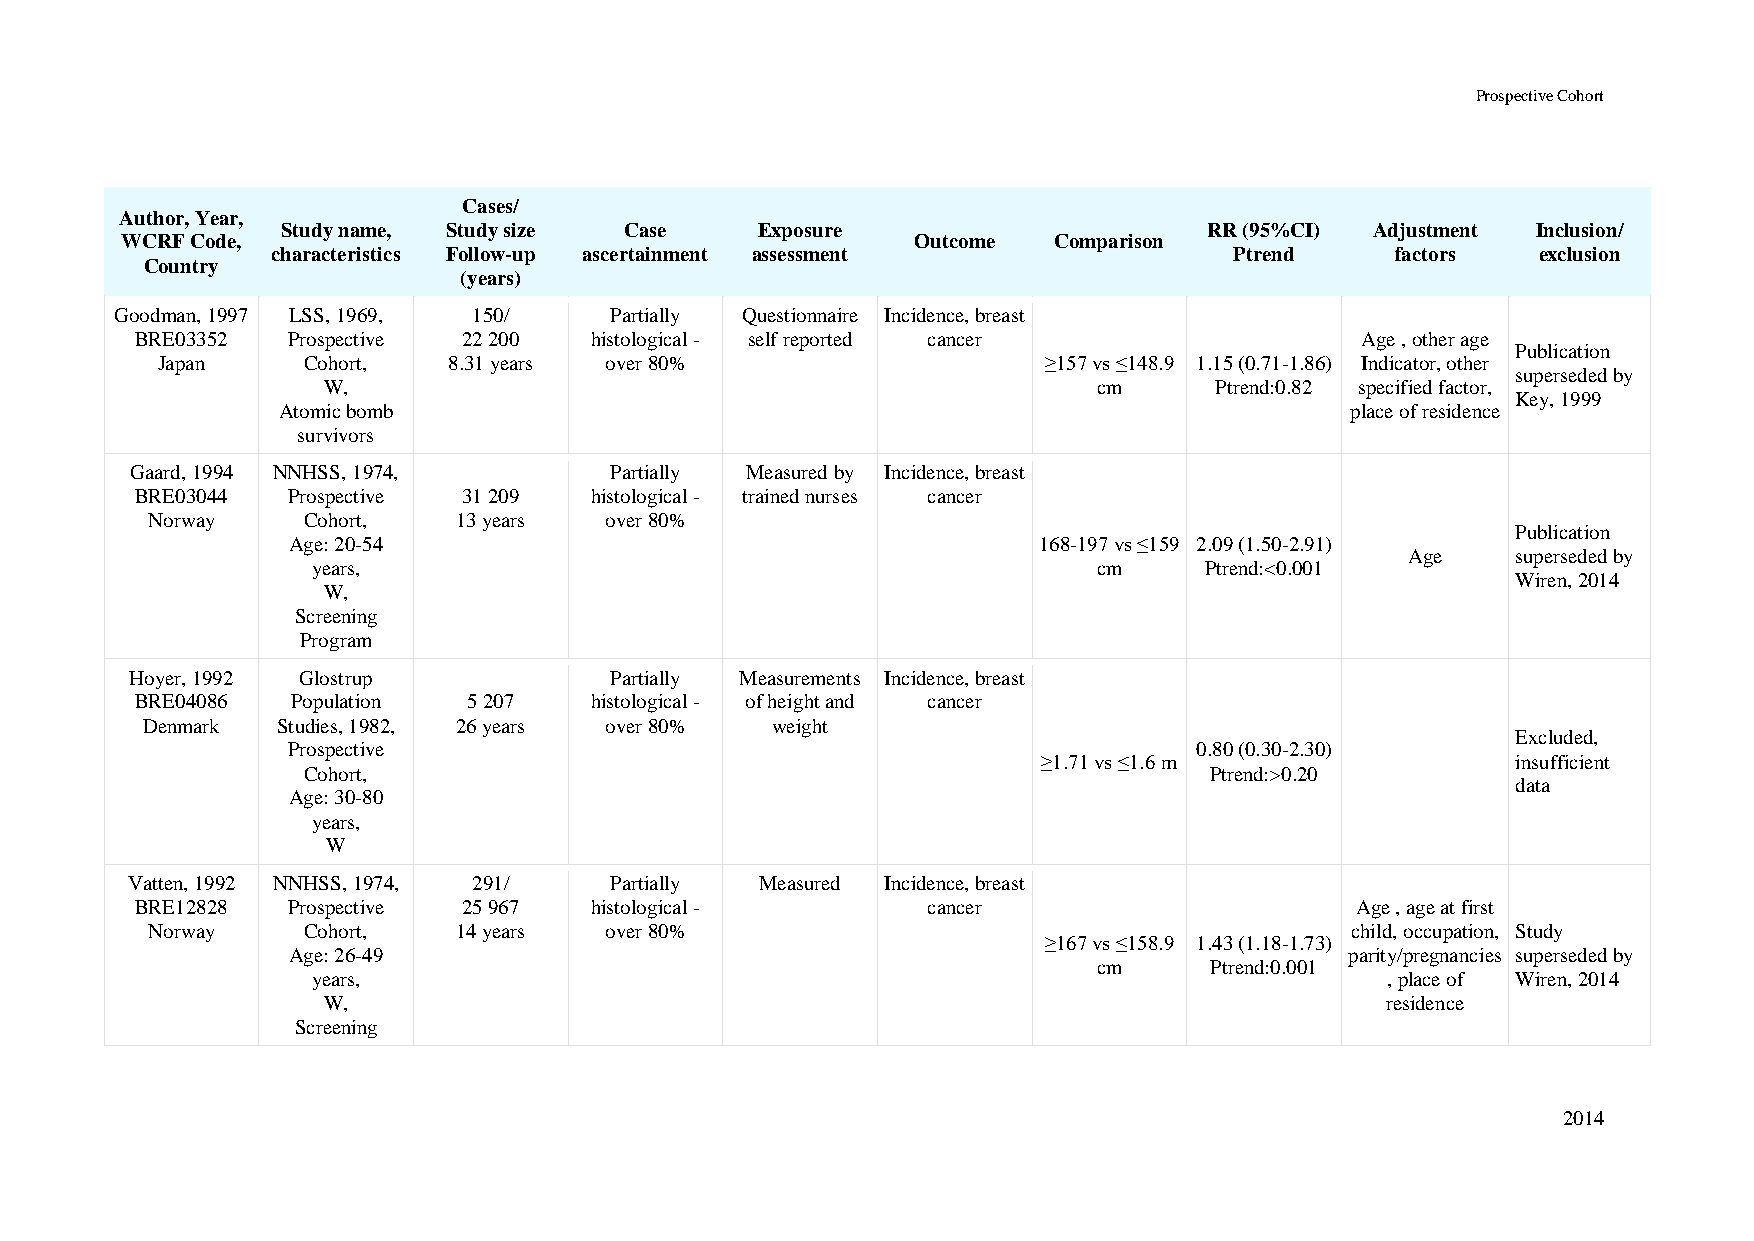
Prospective Cohort
 Cases/
 Author, Year,
 Study name, Study size Case    Exposure                      RR (95%CI) Adjustment Inclusion/
 WCRF Code,                                           Outcome  Comparison
 characteristics Follow-up ascertainment assessment              Ptrend    factors   exclusion
 Country
 (years)
 Goodman, 1997 LSS, 1969, 150/   Partially Questionnaire Incidence, breast
 BRE03352  Prospective 22 200  histological - self reported cancer                Age , other age
 Publication
 Japan     Cohort,   8.31 years over 80%                    ≥157 vs ≤148.9 1.15 (0.71-1.86) Indicator, other
 superseded by
 W,                                                  cm     Ptrend:0.82 specified factor,
 Key, 1999
 Atomic bomb                                                            place of residence
 survivors
 Gaard, 1994 NNHSS, 1974,       Partially Measured by Incidence, breast
 BRE03044  Prospective 31 209  histological - trained nurses cancer
 Norway    Cohort,   13 years  over 80%
 Publication
 Age: 20-54                                        168-197 vs ≤159 2.09 (1.50-2.91)
 Age    superseded by
 years,                                              cm     Ptrend:<0.001
 Wiren, 2014
 W,
 Screening
 Program
 Hoyer, 1992 Glostrup           Partially Measurements Incidence, breast
 BRE04086  Population  5 207   histological - of height and cancer
 Denmark  Studies, 1982, 26 years over 80% weight
 Excluded,
 Prospective                                                 0.80 (0.30-2.30)
 ≥1.71 vs ≤1.6 m                insufficient
 Cohort,                                                     Ptrend:>0.20
 data
 Age: 30-80
 years,
 W
 Vatten, 1992 NNHSS, 1974, 291/  Partially Measured Incidence, breast
 BRE12828  Prospective 25 967  histological -        cancer                       Age , age at first
 Norway    Cohort,   14 years  over 80%                                         child, occupation, Study
 ≥167 vs ≤158.9 1.43 (1.18-1.73)
 Age: 26-49                                                            parity/pregnancies superseded by
 cm     Ptrend:0.001
 years,                                                                 , place of Wiren, 2014
 W,                                                                     residence
 Screening
 2014